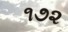
૧૭૨